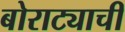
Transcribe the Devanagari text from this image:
बोराट्याची